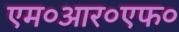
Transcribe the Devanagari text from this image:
एम०आर०एफ०